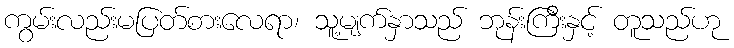
ကွမ်းလည်းမပြတ်စားလေရာ၊ သူ့မျက်နှာသည် ဘုန်းကြီးနှင့် တူသည်ဟု